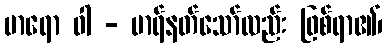
မာရော ဝါ - မာရ်နတ်သော်လည်း ဖြစ်ရာ၏၊